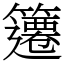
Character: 䉦